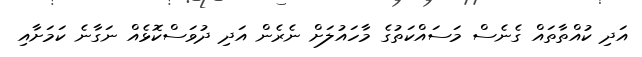
އަދި ކުއްތާތައް ގެނެސް މަސައްކަތުގެ މާހައުލަށް ނެރެން އަދި ދުވަސްކޮޅެއް ނަގާނެ ކަމަށާއި